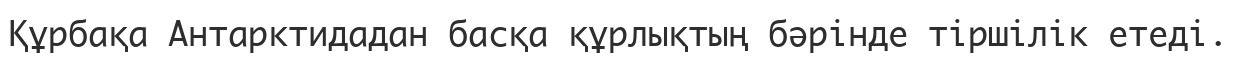
Құрбақа Антарктидадан басқа құрлықтың бәрінде тіршілік етеді.